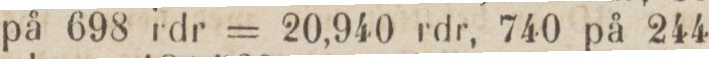
på 698 rdr = 20,940 rdr, 740 på 244